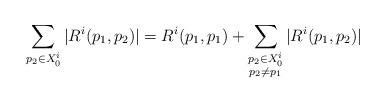
LaTeX: \begin{align*}\sum_{p_2 \in X^i_0} | R^i(p_1,p_2) | = R^i(p_1,p_1) + \sum_{\substack{p_2 \in X^i_0 \\ p_2 \neq p_1}} | R^i(p_1,p_2) | \end{align*}